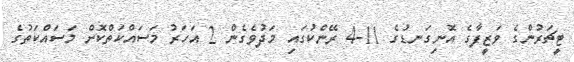
ޓީޗަރުންގެ ވަޒީފާގެ އޮނިގަނޑުގެ 11-4 ރޭންކުގައި މަދުވެގެން 2 އަހަރު މަސައްކަތްކޮށް މަސައްކަތުގެ